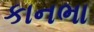
કાનભા